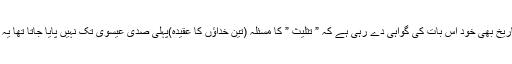
عیسائیوں کی آج کی تاریخ بھی خود اس بات کی گواہی دے رہی ہے کہ ” تثلیث ” کا مسئلہ (تین خداؤں کا عقیدہ)پہلی صدی عیسوی تک نہیں پایا جاتا تھا یہ فکر بعد میں پیدا ہوئی۔